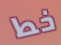
خط